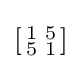
\left[{\begin{smallmatrix}1&5\\5&1\\\end{smallmatrix}}\right]